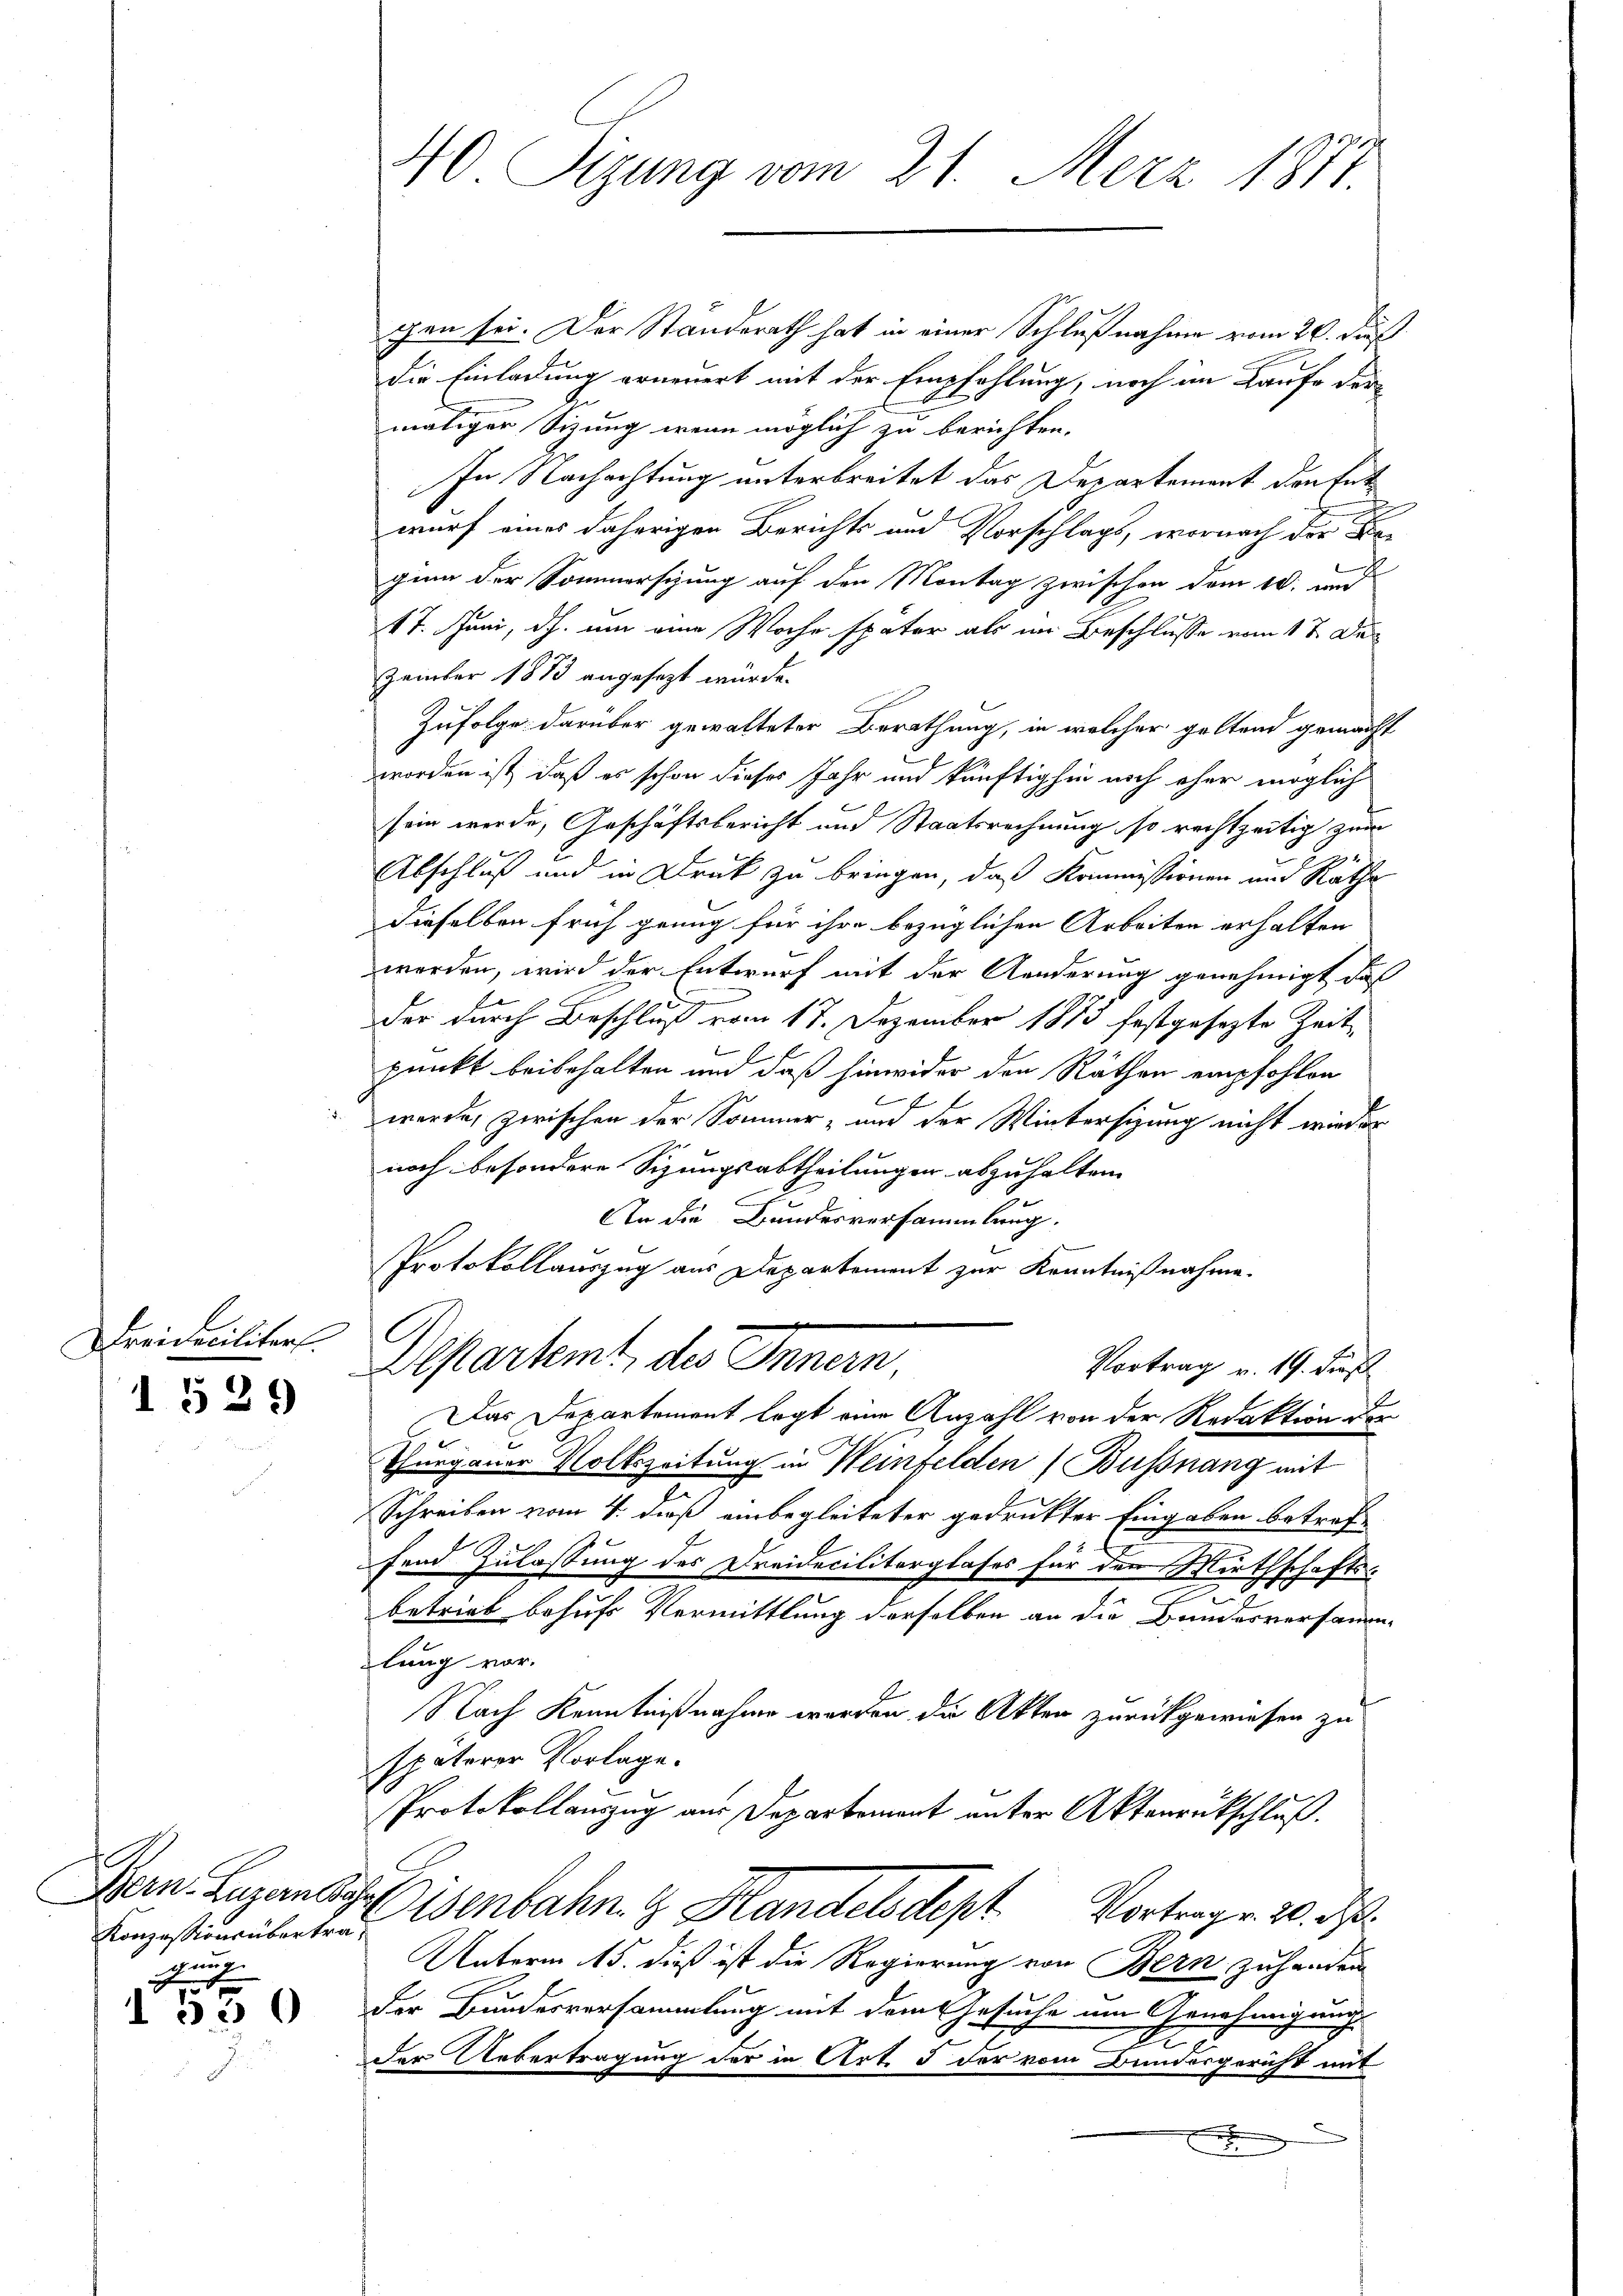
Werikanten

1529

t
Konzessions übertrag
sücht

1550

40 Sizung vom 21. Merz 1877.

gen sei. Der Standerath hat in einer Schlußnahme vom 26. Fuß.
die Einladung erneuert mit der Empfehlung, noch im Laufe der
mätiger Sitzung wenn möglich zu berichten.
In Nachachtung unterbreitet das Departement den Entwurf eines daherigen Berichts und Vorschlags, wornach der
ginn der Sommersizung auf den Montag zwischen vom 10. und
17. Juni, dh. um eine Woche später als im Beschlusse vom 17. De¬
Zemmber 1873 angesezt würde.
Zufolge darüber gewalteter Berathung, in welcher geltend gemacht
worden ist, daß es schon dieses Jahr und künftighin noch eher möglich
sein werde, Geschäftsbericht und Staatsrechnung so rechtzeitig zum
Abschluß und in Druk zu bringen, daß Kommissionen und Räthe
dieselben früh genug für ihre bezüglichen Arbeiten erhalten
werden, wird der Entwurf mit der Aenderung genehmigt, daß
der durch Beschluß vom 17. Dezember 1873 festgesezte Zeit-
.
punkt beibehalten und daß hinwider den Räthen empfohlen
f
1
werde, zwischen der Sommer- und der Wintersizung nicht wieder
noch besondere Sizungsabtheilungen abzuhalten.
An die Bundesversammlung.
Protokollauszug aus Departement zur Kenntnißnahme.
Departemt, des Innern.
Vortrag v. 19. dies
Das Departement legt eine Anzahl von der Redaktion der
Thurgauer Volkszeitung in Weinfelden (Bußnang mit
Schreiben vom 4. dieß einbegleiteter gedruckter Eingaben betref
fend Zulassung des Dreidecilitärglases für den Wirthschafts¬
.
betrieb behufs Vermittlung derselben an die Bandesversammen-
lung vor.
Nach Kenntnißnahme werden die Akten zurückgewiesen zu
späterer Vorlage.
Protokollauszug aus Departement unter Aktenrückschluß.
Bern. Luganda. Eisenbahn & Handelsdept Vortrage: 20. d.
Unterm 15. dieß ist die Regierung von Bern zuhanden
b
der Bundesversammlung mit dem Gesuche um Genehmigungs
der Uebertragung der in Art. 3 der vom Bundergericht mit
.